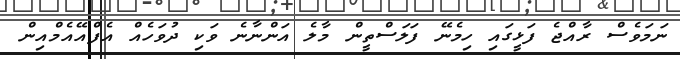
ނަމަވެސް ރާއްޖެ ފަޅީގައި ހިމެނޭ ފަލަސްތީން މާލެ އަންނާނެ ވަކި ދުވަހެއް އެފްއޭއެމްއިން